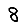
Digit: 8